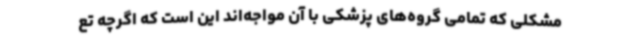
مشکلی که تمامی گروه‌های پزشکی با آن مواجه‌اند این است که اگرچه تع